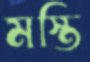
মস্তি